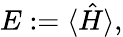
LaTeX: E:=\langle\hat{H}\rangle,